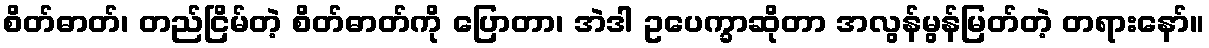
စိတ်ဓာတ်၊ တည်ငြိမ်တဲ့ စိတ်ဓာတ်ကို ပြောတာ၊ အဲဒါ ဥပေက္ခာဆိုတာ အလွန်မွန်မြတ်တဲ့ တရားနော်။